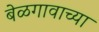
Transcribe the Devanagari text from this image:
बेळगावाच्या